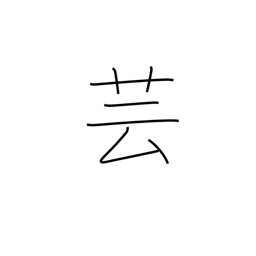
Meaning: acting